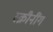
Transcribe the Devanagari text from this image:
स्क्रीनींग